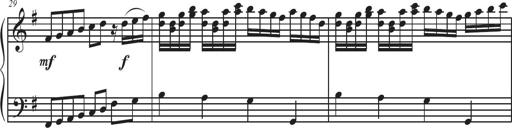
Title: Sonatina Espania
Composer: Jerald Franklin Archer
Key: Various